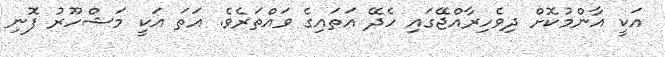
އަކީ އާންމުކޮށް ދިވެހިރާއްޖޭގައި ހެދޭ އަތައިގެ ވައްތަރެވެ. އަތަ އަކީ މަޝްހޫރު ފޮނި